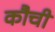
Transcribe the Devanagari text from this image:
कौची